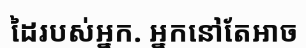
ដៃរបស់អ្នក. អ្នកនៅតែអាច